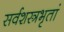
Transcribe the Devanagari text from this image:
सर्वशस्त्रभृतां